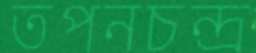
তপনচন্দ্র